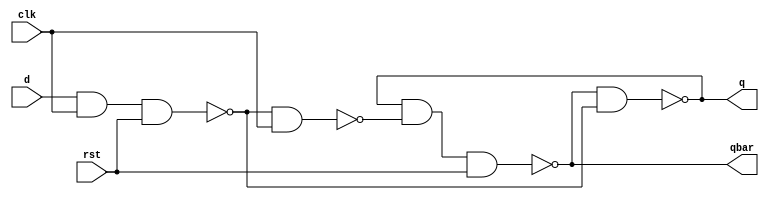
`timescale 1ns/1ns
module DLatchWR(input d, input clk, input rst, output q, output qbar);
	wire s, r;

	//active low reset input
	nand #(12,12) nSet(s, d, clk, rst);
	nand #(8,8) nReset(r, s, clk);
	
	nand #(8,8) nQ(q, qbar, s);
	nand #(12,12) nQbar(qbar, q, r, rst);
endmodule